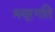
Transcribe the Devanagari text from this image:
मयूरगति